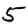
Digit: 5